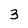
Character: 3